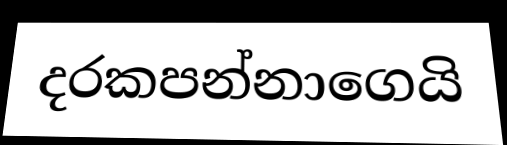
දරකපන්නාගෙයි